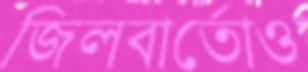
জিলবার্তোও